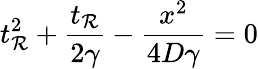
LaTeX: t_{\mathcal{R}}^{2}+\frac{{t_{\mathcal{R}}}}{{2\gamma}}-\frac{{x^{2}}}{{4D\gamma}}=0